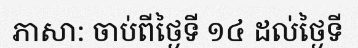
ភាសា: ចាប់ពីថ្ងៃទី ១៤ ដល់ថ្ងៃទី